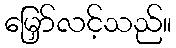
မြှော်လင့်သည်။